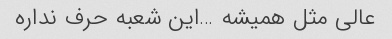
عالی مثل همیشه …این شعبه حرف نداره